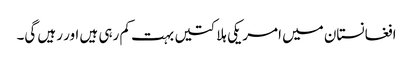
افغانستان میں امریکی ہلاکتیں بہت کم رہی ہیں اور رہیں گی۔